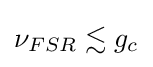
\nu _{FSR}\lesssim g_{c}